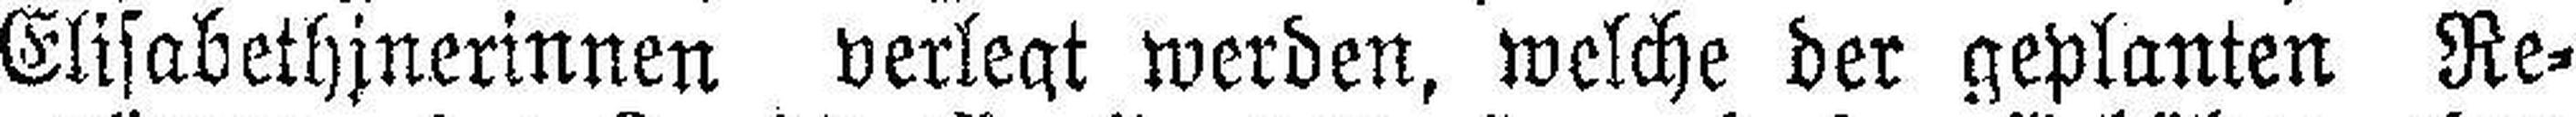
Elisabethinerinnen verlegt werden, welche der geplanten Re¬